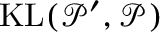
{ \mathrm { K L } } ( { \mathcal { P } } ^ { \prime } , { \mathcal { P } } )